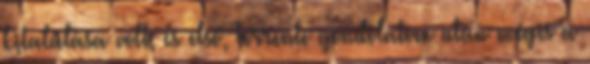
kitalálása volt, és első, Torrente gondolatom után mégis a